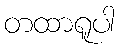
တထာရူပါ